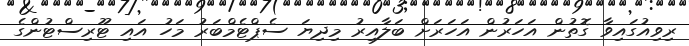
ރިވިއުގައިވާ ގޮތުން އަހަރުން އަހަރަށް ބަލާއިރު މިދިޔަ ސެޕްޓެމްބަރު މަހު އައި ޓޫރިސްޓުންގެ